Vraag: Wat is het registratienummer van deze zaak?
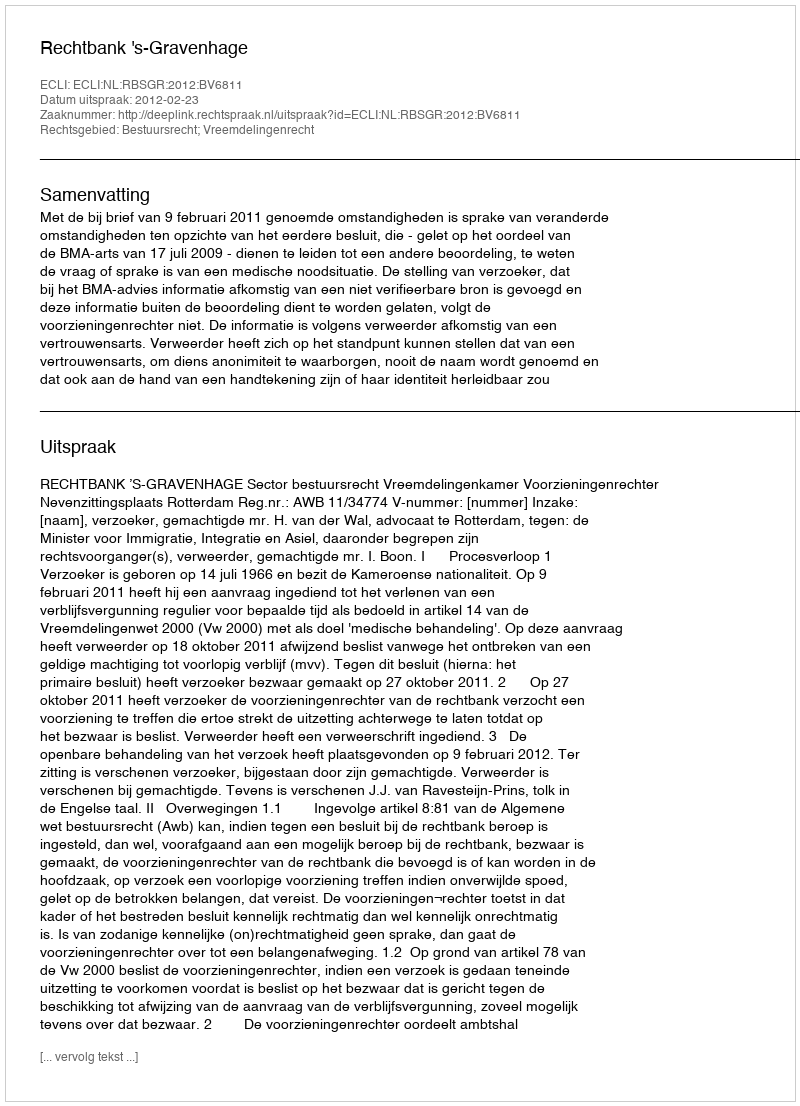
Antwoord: http://deeplink.rechtspraak.nl/uitspraak?id=ECLI:NL:RBSGR:2012:BV6811